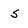
Character: s